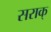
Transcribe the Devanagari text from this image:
सराक्